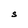
Character: S